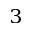
^ 3